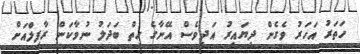
ހަތަރު އަހަރު ވެގެން ދިޔައިރު އަދިވެސް އޭނާގެ ހިތް ބަދަލު ނުވާކަން ރާފިލްއަށް